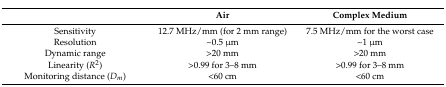
|  | Air | Complex Medium |
 | --- | --- | --- |
 | Sensitivity | 12.7 MHz/mm (for 2 mm range) | 7.5 MHz/mm for the worst case |
 | Resolution | ~0.5 μm | ~1 μm |
 | Dynamic range | >20 mm | >20 mm |
 | Linearity (R2) | >0.99 for 3–8 mm | >0.99 for 3–8 mm |
 | Monitoring distance (Dm) | <60 cm | <60 cm |